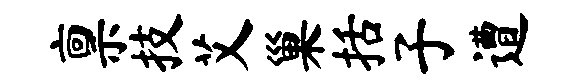
禀技艾巢括子遭